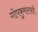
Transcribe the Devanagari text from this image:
गोपकुमाराशी